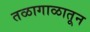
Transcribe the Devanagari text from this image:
तळागाळातून